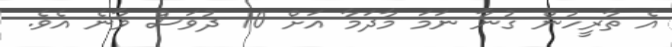
އެ ތާރީހުން ގުނާ ނަމަ މާދަމާ އަށް 10 ދުވަސް ވާނެ އެވެ.